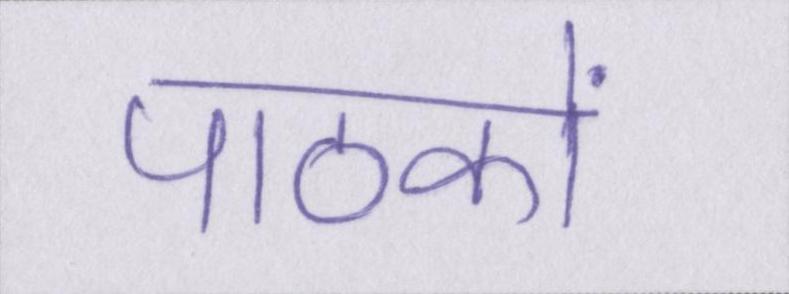
पाठकों